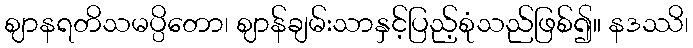
ဈာနရတိသမပ္ပိတော၊ ဈာန်ချမ်းသာနှင့်ပြည့်စုံသည်ဖြစ်၍။ နဒဿိ၊